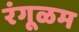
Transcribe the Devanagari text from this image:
रंगूळम